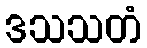
ဒသသတံ